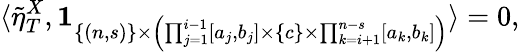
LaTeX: \langle\tilde{\eta}_{T}^{X},\mathbf{1}_{\{ (n,s)\} \times\left(\prod_{j=1}^{i-1}[a_{j},b_{j}]\times\{ c\} \times\prod_{k=i+1}^{n-s}[a_{k},b_{k}]\right)}\rangle=0,